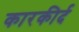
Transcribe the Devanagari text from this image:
कारकीर्द